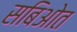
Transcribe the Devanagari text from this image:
सबिओत